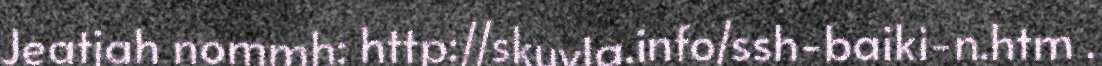
Jeatjah nommh: http://skuvla.info/ssh-baiki-n.htm .